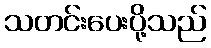
သတင်းပေးပို့သည်